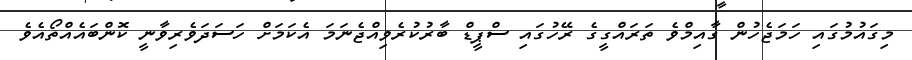
މިގައުމުގައި ހަމަޖެހުން ގާއިމްވެ ތަރައްގީގެ ރޭހުގައި ސްޕީޑް ބާރުކުރެވިއްޖެނަމަ އެކަމަށް ހަސަދަވެރިވާނީ ކޮންބައެއްތޯއެވެ